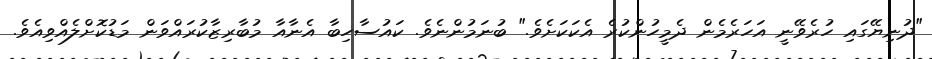
"ދުނިޔޭގައި ހުރެވޭނީ އަހަރެމެން ދެމީހުންކުރެ އެކަކަށެވެ." ބުނަމުންނެވެ. ކައުސާހިބާ އެނާއާ މުބާރިޒާކުރައްވަން މަޑުކޮށްލެއްވިއެވެ.